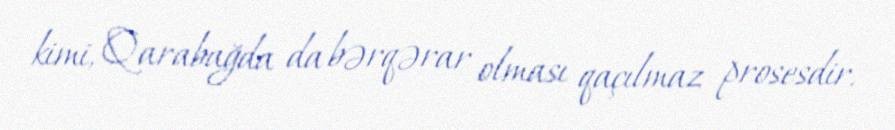
kimi, Qarabağda da bərqərar olması qaçılmaz prosesdir.